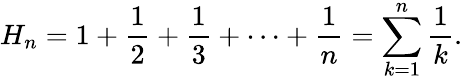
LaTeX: H_{n}=1+{\frac{1}{2}}+{\frac{1}{3}}+\cdots+{\frac{1}{n}}=\sum_{k=1}^{n}{\frac{1}{k}}.